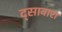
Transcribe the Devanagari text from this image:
द्सावारा